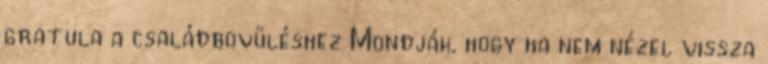
gratula a családbõvüléshez Mondják, hogy ha nem nézel vissza